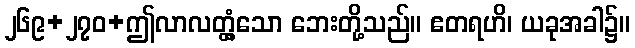
၂၆၉+၂၇၀+ဤလာလတ္တံ့သော ဘေးတို့သည်။ ဧတရဟိ၊ ယခုအခါ၌။